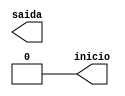
module clockdemux4M (saida, inicio);

         output wire saida;
         output wire inicio;
         reg out;
         reg out1;

    assign saida = out;
    assign inicio = out1;

initial
begin
    out = 0;
     out1 = 1;
end
always
begin
   #125 out = ~out;
    out1 = 0;
end
endmodule